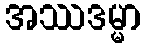
အဿဒမ္မာ